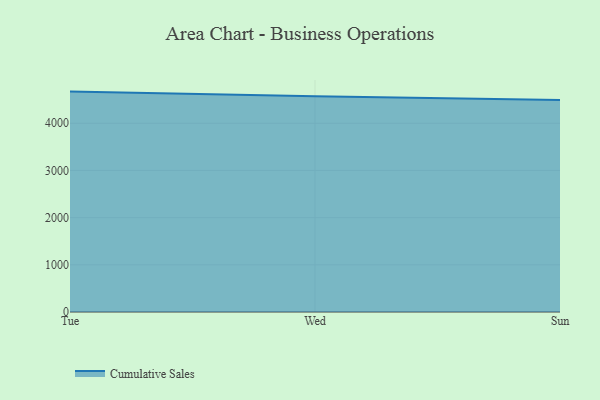
{"axis": {"x": "Day", "y": "Gross Profit (USD K)"}, "legend": ["Cumulative Sales"], "data": [{"x": "Tue", "y": 4671.5, "type": "Cumulative Sales"}, {"x": "Wed", "y": 4574.8, "type": "Cumulative Sales"}, {"x": "Sun", "y": 4495.7, "type": "Cumulative Sales"}]}